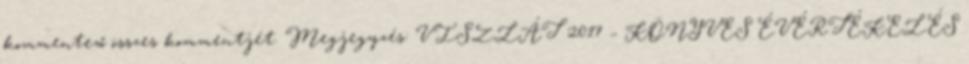
kommentező összes kommentjét. Megjegyzés: VISZLÁT 2017 – KÖNYVES ÉVÉRTÉKELÉS